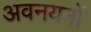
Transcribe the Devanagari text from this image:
अवनयनों